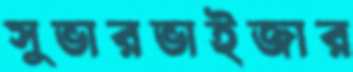
সুভারভাইজার